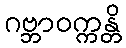
ဂဗ္ဘာဝက္ကန္တိ